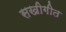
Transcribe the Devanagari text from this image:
सखीगीत